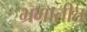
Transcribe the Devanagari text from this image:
भ्रमातीत